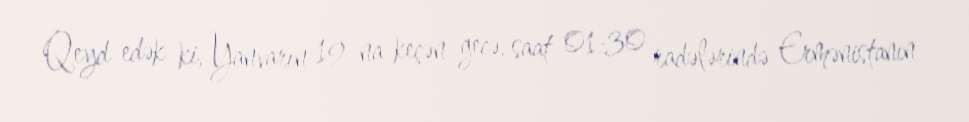
Qeyd edək ki, Yanvarın 19-na keçən gecə, saat 01:30 radələrində Ermənistanın